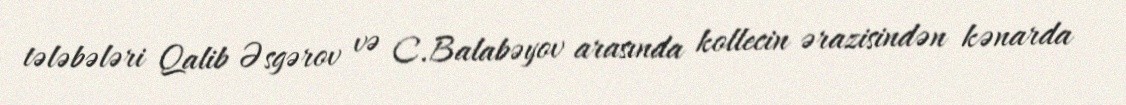
tələbələri Qalib Əsgərov və C.Balabəyov arasında kollecin ərazisindən kənarda